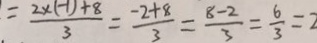
= \frac { 2 \times ( - 1 ) + 8 } { 3 } = \frac { - 2 + 8 } { 3 } = \frac { 8 - 2 } { 3 } = \frac { 6 } { 3 } = 2